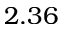
2 . 3 6